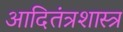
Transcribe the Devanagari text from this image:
आदितंत्रशास्त्र